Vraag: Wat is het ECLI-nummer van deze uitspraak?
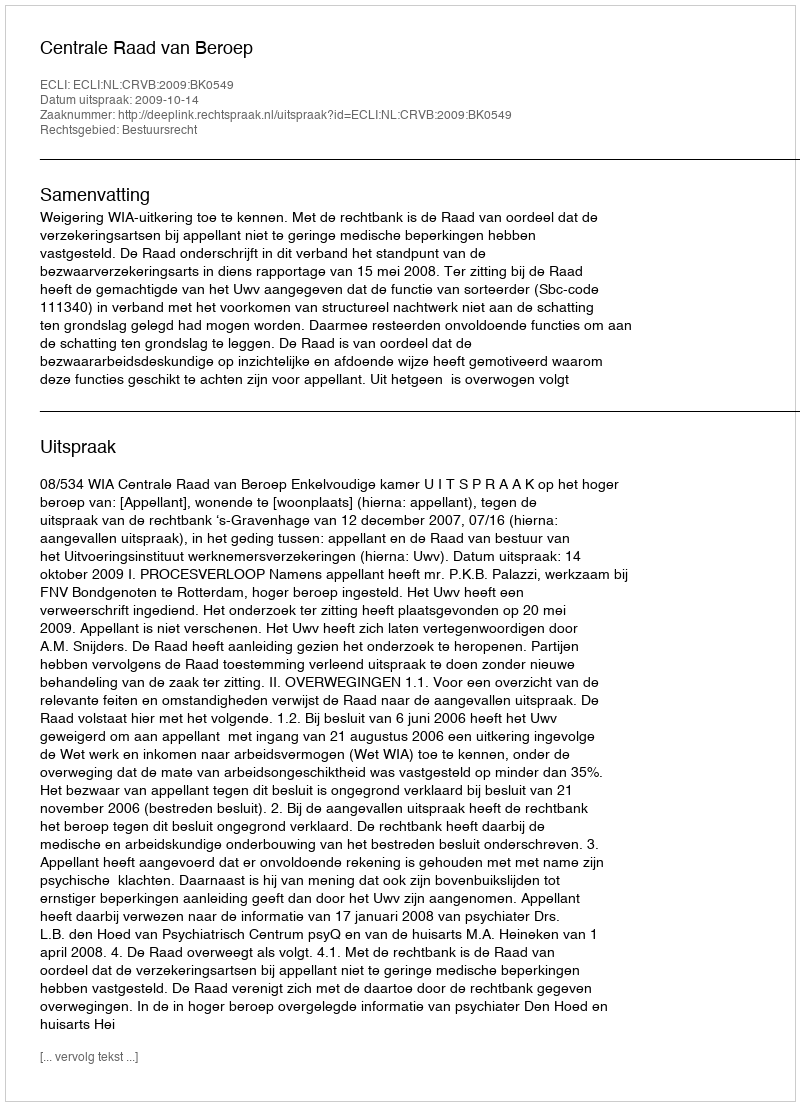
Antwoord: ECLI:NL:CRVB:2009:BK0549